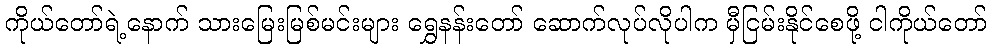
ကိုယ်တော်ရဲ့နောက် သားမြေးမြစ်မင်းများ ရွှေနန်းတော် ဆောက်လုပ်လိုပါက မှီငြမ်းနိုင်စေဖို့ ငါကိုယ်တော်